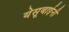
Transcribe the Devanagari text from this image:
येसूबाईनी